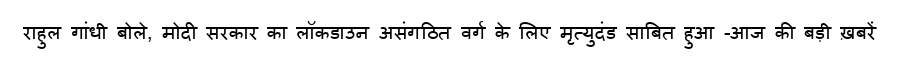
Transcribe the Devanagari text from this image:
राहुल गांधी बोले, मोदी सरकार का लॉकडाउन असंगठित वर्ग के लिए मृत्युदंड साबित हुआ -आज की बड़ी ख़बरें